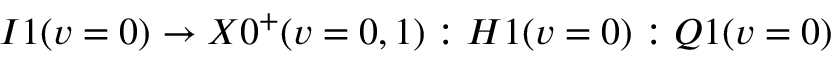
I 1 ( v = 0 ) \to X 0 ^ { + } ( v = 0 , 1 ) : H 1 ( v = 0 ) : Q 1 ( v = 0 )